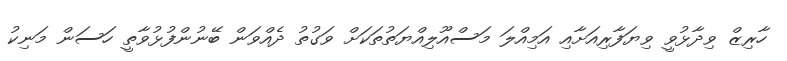
ހާރިޒް ވިދާޅުވީ ވިޔަފާރިއަށާއި އަމިއްލަ މަސްއޫލިއްޔަތުތަކަށް ވަގުތު ދެއްވަން ބޭނުންފުޅުވާތީ ހަސަން މަނިކު